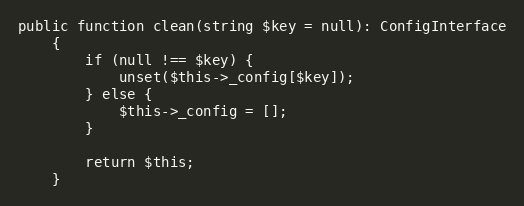
Language: PHP
public function clean(string $key = null): ConfigInterface
    {
        if (null !== $key) {
            unset($this->_config[$key]);
        } else {
            $this->_config = [];
        }

        return $this;
    }